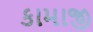
કામાજી